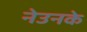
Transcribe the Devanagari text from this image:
नेउनके